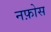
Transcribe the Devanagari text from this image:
नफ़ोस